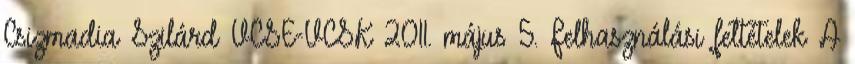
Csizmadia Szilárd VCSE-VCSK 2011. május 5. Felhasználási feltételek A